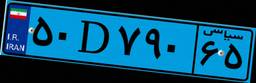
۷۸D۸۶۸۹۵